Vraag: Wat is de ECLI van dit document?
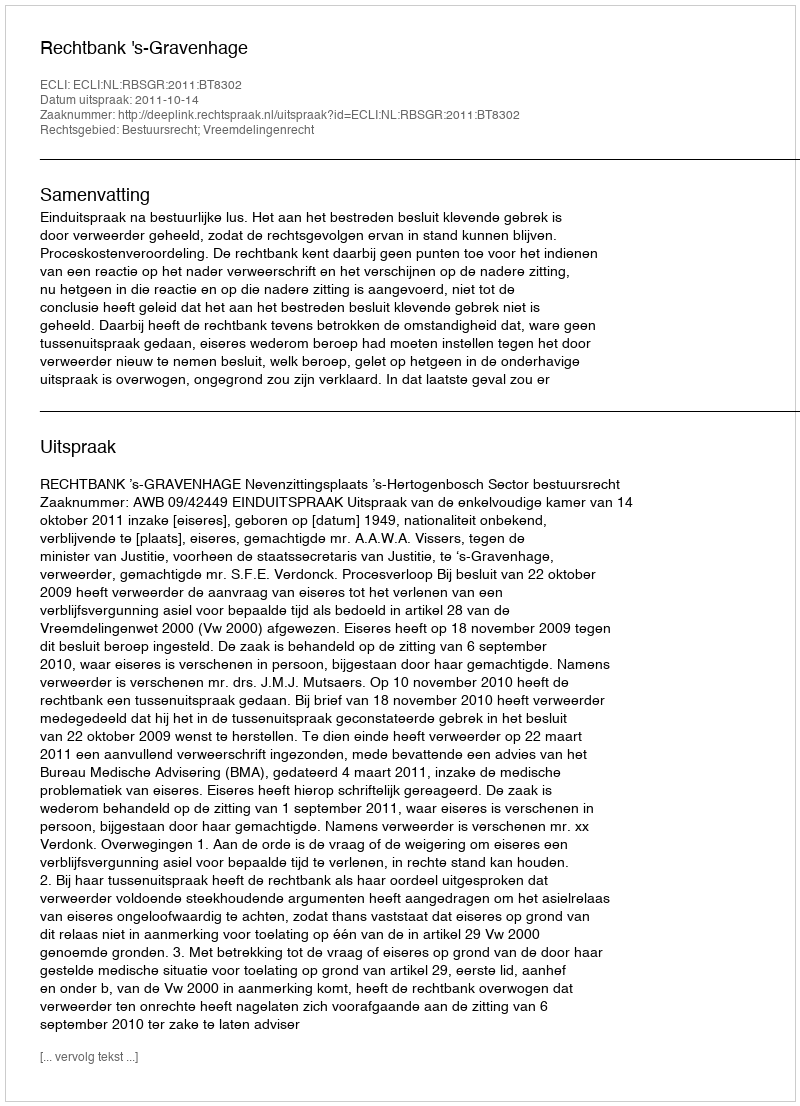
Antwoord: ECLI:NL:RBSGR:2011:BT8302